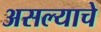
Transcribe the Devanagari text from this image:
असल्‍याचे